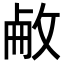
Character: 𢽋